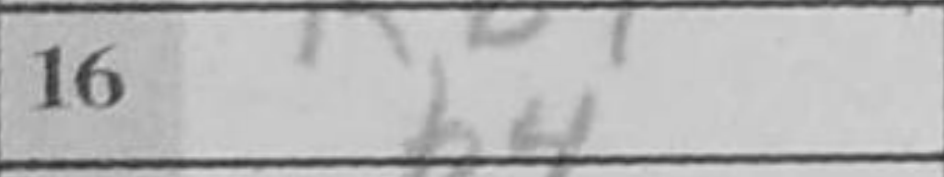
Transcription: b4